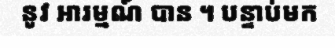
នូវ ឤរម្មណ៍ បាន ។ បន្ទាប់មក